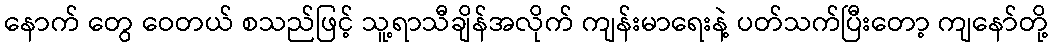
နောက် တွေ ဝေတယ် စသည်ဖြင့် သူ့ရာသီချိန်အလိုက် ကျန်းမာရေးနဲ့ ပတ်သက်ပြီးတော့ ကျနော်တို့